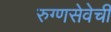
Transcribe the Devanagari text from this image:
रुग्णसेवेची